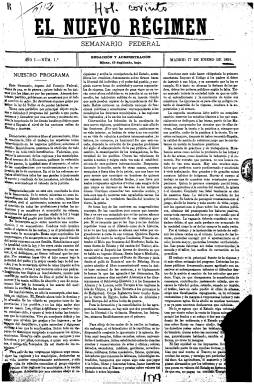
Título: El Nuevo régimen
Colección: Revistas de información general
Ámbito geográfico: Madrid
Lugar de publicación: Madrid
Fechas: 17/01/1891-01/12/1927

Fundado y dirigido por Francisco Pi y Margall (1824-1901), el máximo exponente del federalismo español, como órgano del Consejo Federal del Partido Republicano Federal,  que había reorganizado en 1880, y del que era su máximo dirigente. A este “semanario federal” Pi y Margall le dedicará los últimos años de su vida política, periodística y literaria y, como casi su único redactor, en el plasmará su testamento ideológico. Comienza a publicarlo diez años antes de su fallecimiento, el diecisiete de enero de 1891, y su primer artículo sirve para presentar un esbozo del programa del Partido Federal (que en junio de 1894 redactará), como partido demócrata a favor del libre pensamiento, la libre conciencia y la soberanía popular; como republicano, a favor de la abolición de todo título hereditario, y federal, abogando por la autonomía de las regiones y municipios; y en el plano social, siendo favorable a las mejoras y condiciones de vida de las clases jornaleras.

Salía cada sábado en números de ocho páginas y compuesto a tres columnas, con artículos doctrinales y de fondo sobre toda la amplísima amalgama de cuestiones políticas, económicas y sociales de actualidad española e internacional. Ofrecía informaciones de la actividad del partido, tanto en su aspecto organizativo (comités locales) como electoral (diputados y senadores electos), así como noticias comentadas de la actividad política nacional y extranjera. Tendrá secciones como la titulada Galería de escritores célebres o la de Bibliografía, otra denominada Crónica semanal, además de crónicas extranjeras, e incluso publica a modo de folletín, obras de autores clásicos o textos o discursos del propio Pi y Margall. Además tendrá una breve sección de economía, con información bursátil y los tipos de interés bancarios, y anuncios publicitarios en su última plana.

Desde las páginas del semanario, Pi y Margall, entusiasta del sistema federal estadounidense, se mostrará contrario a la aplicación de la doctrina Monroe en el litigio anglo-venezolano de 1895, criticará el belicismo y mostrará su oposición a la guerra de las Antillas, defenderá la autonomía e independencia de Cuba, y junto a parte del resto del republicanismo español y del Partido Socialista Obrero Español, defenderá y abogará por la paz en la Guerra de Cuba y denunciará el militarismo españolista del 98, teniendo por ello que sufrir la calumnia de “mal patriota”. Y en cuanto a la cuestión federal, en su último artículo, aparecido en el semanario el 23 de noviembre de 1901, tenderá puentes con el catalanismo liberal, a pesar de sus distancias insalvables con la versión tradicionalista de las Bases de Manresa de 1892.

El nuevo régimen contó con corresponsales en numerosas poblaciones españolas, que por lo general eran dirigentes locales del Partido Federal, así como con colaboraciones procedentes de otros dirigentes de la organización. Aparecen textos firmados por Eduardo Benot, Antonio Sánchez Pérez, Arturo Molina, Nicolás Estévanez, Fernando Flórez de la Iglesia o Juan Maragal, así como de Francisco (1865-1912) y Joaquín Pi y Arsuaga (1854-1939), que asumirán consecutivamente su dirección tras la muerte de su padre. El primero, hasta 1912, y el segundo hasta la desaparición del periódico en 1930.

A partir de abril 1912 el periódico había ido entrando y arrastrando una vida cada vez más “fantasmal”, a juicio de Seoane y Sáiz (1996). Se hará decenal, apareciendo los días 10, 20 y 30 de cada mes, reiniciando su secuencia. Sufrirá variaciones en su formato, número de páginas y composición. Y en enero de 1920, cuando la Estadística de este año le da una tirada de mil ejemplares, aparecerá al final de cada mes, compuesto a una columna, formando tomos anuales en torno a las doscientas páginas, con foliación continuada, y con inclusión de índices asimismo anuales.

El último número de la colección (incompleta) de la Biblioteca Nacional de España de este título dedicado a la propaganda de las ideas federales, de sus doctrinas y documentos y de los discursos y textos de su máximo modelo en España corresponde al de diciembre de 1927. Manuel Revuelta (2001) ha analizado su papel anticolonial.